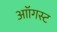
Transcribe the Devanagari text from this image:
आॉगस्ट